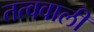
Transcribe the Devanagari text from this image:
तत्ववाली